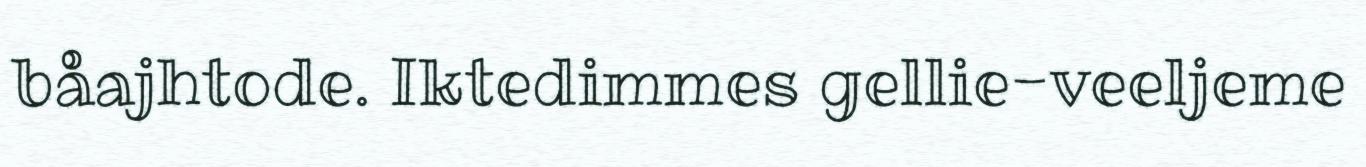
båajhtode. Iktedimmes gellie-veeljeme